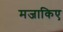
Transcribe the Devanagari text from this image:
मजाकिए